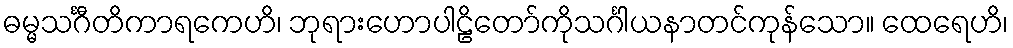
ဓမ္မသင်္ဂီတိကာရကေဟိ၊ ဘုရားဟောပါဠိတော်ကိုသင်္ဂါယနာတင်ကုန်သော။ ထေရေဟိ၊